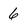
Character: 6